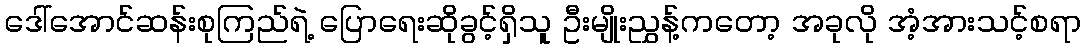
ဒေါ်အောင်ဆန်းစုကြည်ရဲ့ ပြောရေးဆိုခွင့်ရှိသူ ဦးမျိုးညွှန့်ကတော့ အခုလို အံ့အားသင့်စရာ